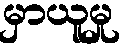
မှာယူမှု